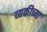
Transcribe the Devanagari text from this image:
व्यकीच्या